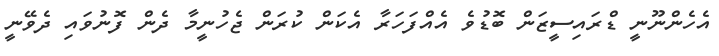
އެހެންނޫނީ ޑްރައިސީޒަން ބޮޑުވެ އެއްފަހަރާ އެކަން ކުރަން ޖެހުނީމާ ދެން ފޮނުވައި ދެވޭނީ